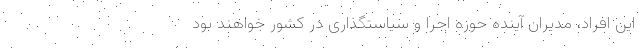
این افراد، مدیران آینده حوزه اجرا و سیاستگذاری در کشور خواهند بود